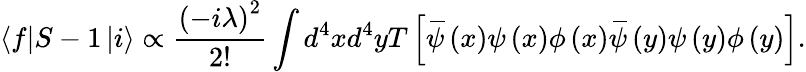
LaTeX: \left\langle f\right\vert S-1\left\vert i\right\rangle\propto\frac{\left(-i\lambda\right)^{2}}{2!}\int d^{4}xd^{4}yT\left[\, \overline{{\! {\psi}}}\left(x\right)\psi\left(x\right)\phi\left(x\right)\, \overline{{\! {\psi}}}\left(y\right)\psi\left(y\right)\phi\left(y\right)\right].